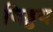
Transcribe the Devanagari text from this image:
विड्ढय